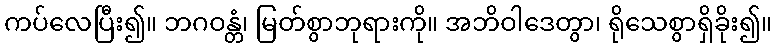
ကပ်လေပြီး၍။ ဘဂဝန္တံ၊ မြတ်စွာဘုရားကို။ အဘိဝါဒေတွာ၊ ရိုသေစွာရှိခိုး၍။